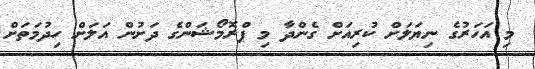
މި އަހަރުގެ ނިޔަލަށް ކުރިއަށް ގެންދާ މި ޕްރޮމޯޝަންގެ ދަށުން އަލަށް ހިދުމަތަށް